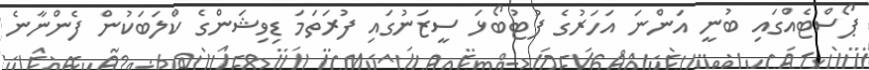
ޕޯސްޓެއްގައި ބުނީ އަންނަ އަހަރުގެ ފުޓުބޯޅަ ސީޒަނުގައި ފުރަތަމަ ޑިވިޝަންގެ ކްލަބަކުން ފެންނާނެ